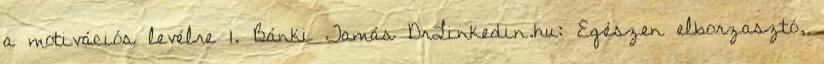
a motivációs levélre 1. Bánki Tamás DrLinkedin.hu: Egészen elborzasztó,